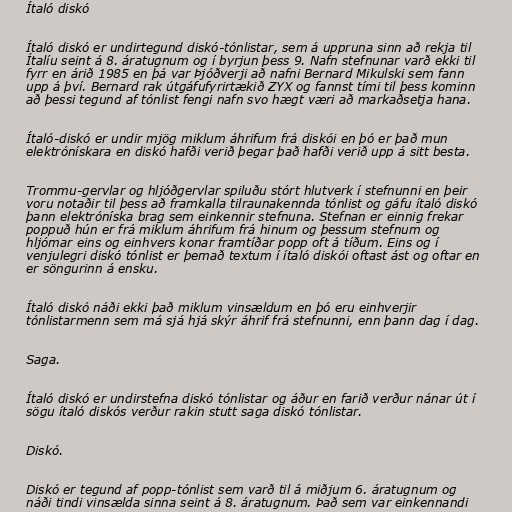
Ítaló diskó

Ítaló diskó er undirtegund diskó-tónlistar, sem á uppruna sinn að rekja til
Ítalíu seint á 8. áratugnum og í byrjun þess 9. Nafn stefnunar varð ekki til
fyrr en árið 1985 en þá var Þjóðverji að nafni Bernard Mikulski sem fann
upp á því. Bernard rak útgáfufyrirtækið ZYX og fannst tími til þess kominn
að þessi tegund af tónlist fengi nafn svo hægt væri að markaðsetja hana.

Ítaló-diskó er undir mjög miklum áhrifum frá diskói en þó er það mun
elektrónískara en diskó hafði verið þegar það hafði verið upp á sitt besta.

Trommu-gervlar og hljóðgervlar spiluðu stórt hlutverk í stefnunni en þeir
voru notaðir til þess að framkalla tilraunakennda tónlist og gáfu ítaló diskó
þann elektróníska brag sem einkennir stefnuna. Stefnan er einnig frekar
poppuð hún er frá miklum áhrifum frá hinum og þessum stefnum og
hljómar eins og einhvers konar framtíðar popp oft á tíðum. Eins og í
venjulegri diskó tónlist er þemað textum í ítaló diskói oftast ást og oftar en
er söngurinn á ensku.

Ítaló diskó náði ekki það miklum vinsældum en þó eru einhverjir
tónlistarmenn sem má sjá hjá skýr áhrif frá stefnunni, enn þann dag í dag.

Saga.

Ítaló diskó er undirstefna diskó tónlistar og áður en farið verður nánar út í
sögu ítaló diskós verður rakin stutt saga diskó tónlistar.

Diskó.

Diskó er tegund af popp-tónlist sem varð til á miðjum 6. áratugnum og
náði tindi vinsælda sinna seint á 8. áratugnum. Það sem var einkennandi